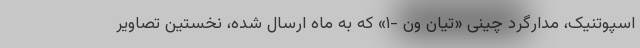
اسپوتنیک، مدارگرد چینی «تیان ون -۱» که به ماه ارسال شده، نخستین تصاویر